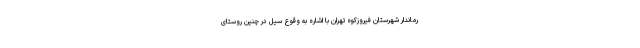
رماندار شهرستان فیروزکوه تهران با اشاره به وقوع سیل در چنین روستای